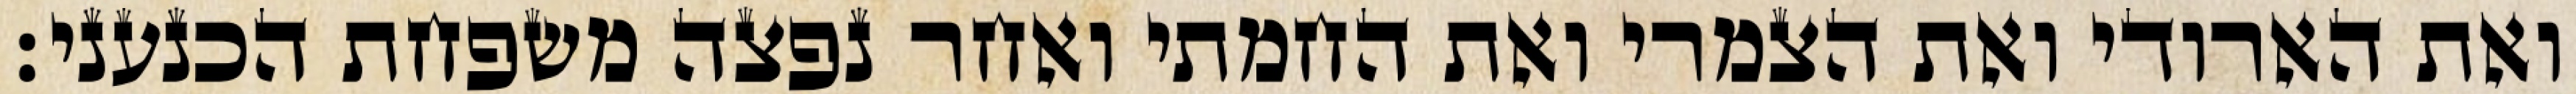
ואת הארודי ואת הצמרי ואת החמתי ואחר נפצה משפחת הכנעני׃